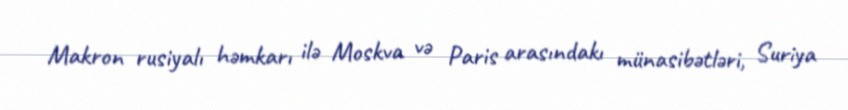
Makron rusiyalı həmkarı ilə Moskva və Paris arasındakı münasibətləri, Suriya